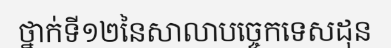
ថ្នាក់ទី១២នៃសាលាបច្ចេកទេសដុន